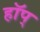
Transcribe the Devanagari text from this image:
हॉप्